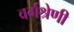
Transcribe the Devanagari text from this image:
वर्गश्रेणी